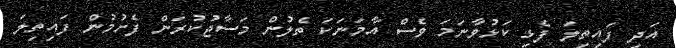
އަދި ފައިތިލަ ފެޅި ކަޅުވާނަމަ ވެސް އާމަނަކަ ތެލުން މަސާޖުކުރަން ފެށުމުން ފައިތިލަ